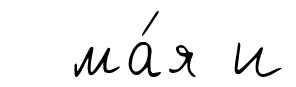
ма́я и